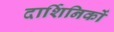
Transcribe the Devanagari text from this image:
दार्शिनिकों